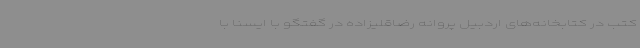
کتب در کتابخانه‌های اردبیل پروانه رضاقلیزاده در گفتگو با ایسنا با